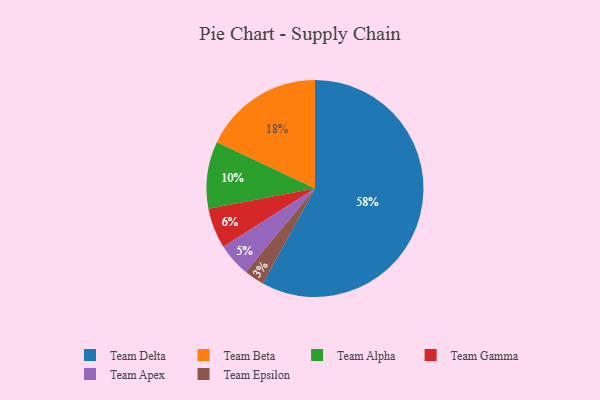
{"axis": {"x": "Category", "y": "Percentage"}, "legend": ["Team Alpha", "Team Apex", "Team Beta", "Team Delta", "Team Epsilon", "Team Gamma"], "data": [{"x": "Team Alpha", "y": 10, "type": "Team Alpha"}, {"x": "Team Delta", "y": 58, "type": "Team Delta"}, {"x": "Team Epsilon", "y": 3, "type": "Team Epsilon"}, {"x": "Team Apex", "y": 5, "type": "Team Apex"}, {"x": "Team Beta", "y": 18, "type": "Team Beta"}, {"x": "Team Gamma", "y": 6, "type": "Team Gamma"}]}